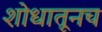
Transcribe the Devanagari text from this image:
शोधातूनच